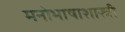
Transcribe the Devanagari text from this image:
मनोभाषाशास्त्री